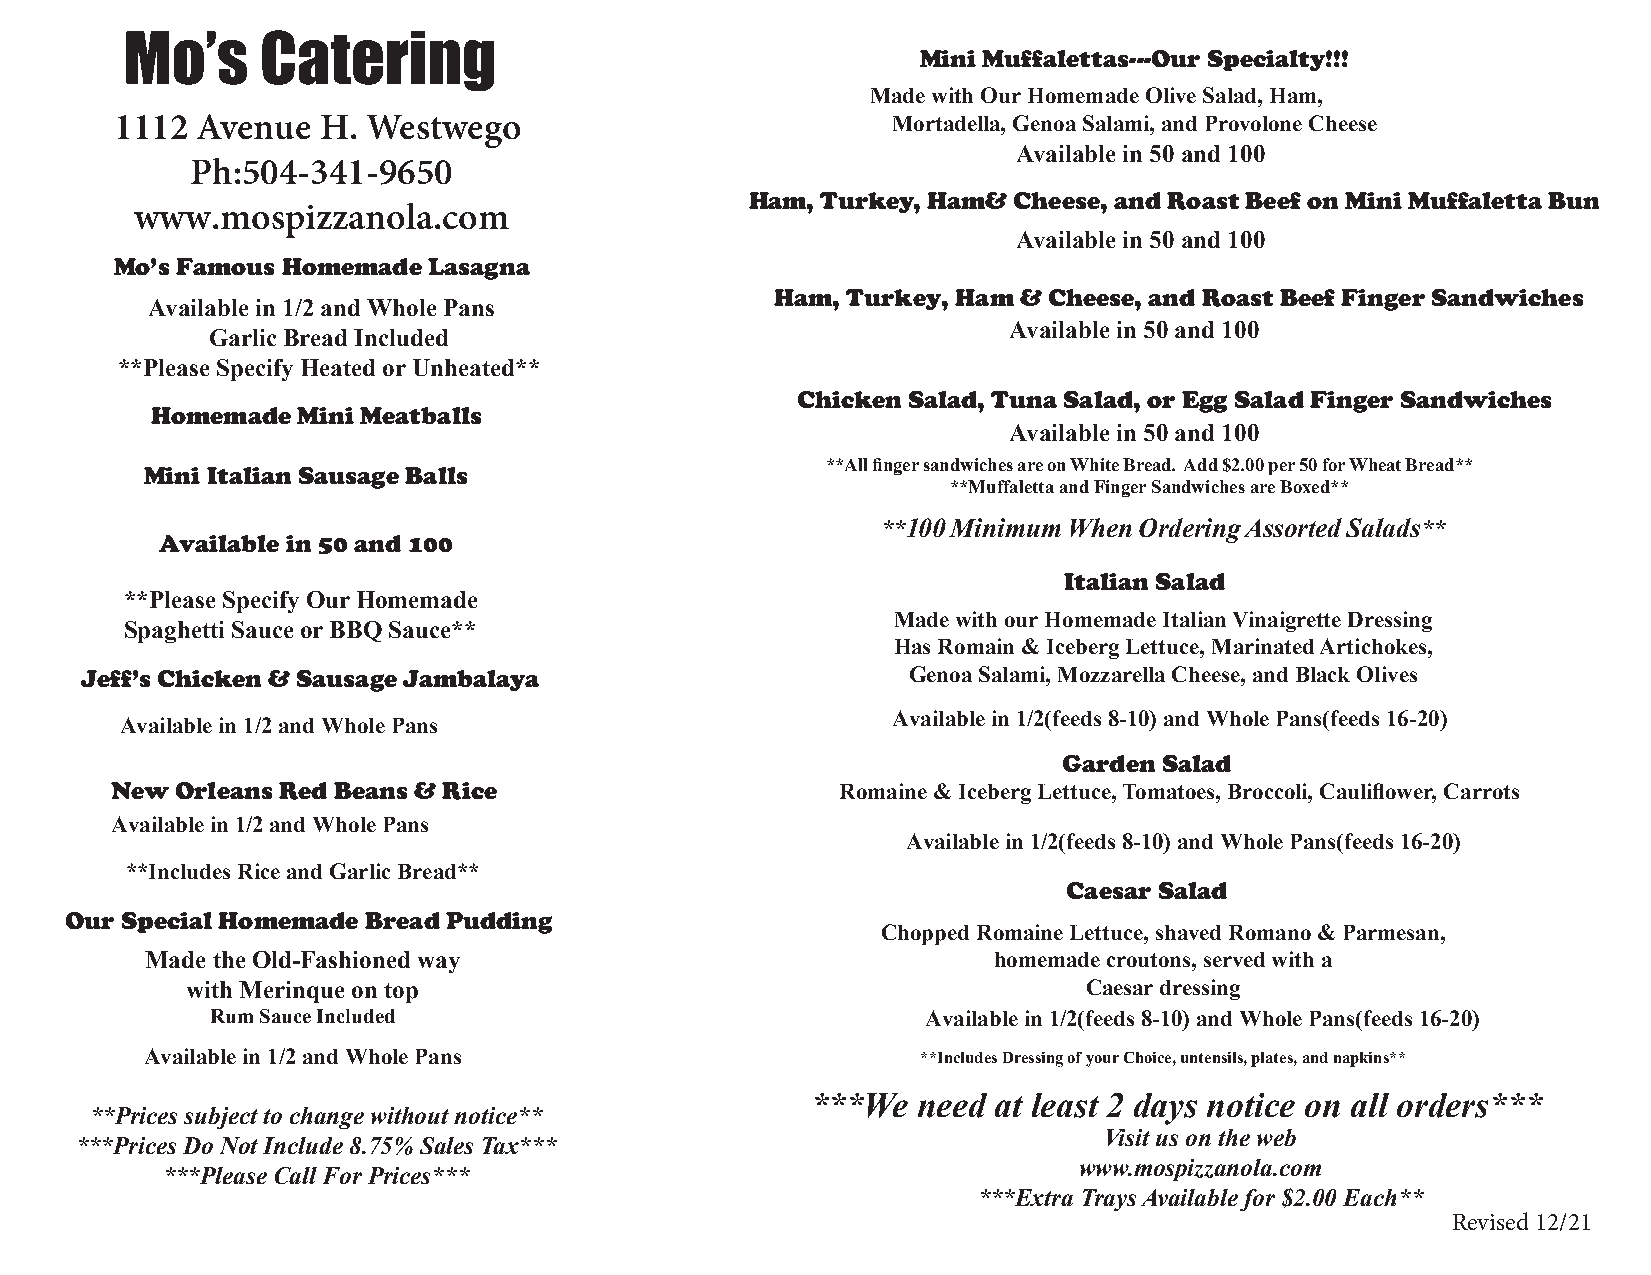
Mo’s     Catering
 Mini Muffalettas---Our Specialty!!!
 Made with Our Homemade Olive Salad, Ham,
 1112 Avenue  H. Westwego                           Mortadella, Genoa Salami, and Provolone Cheese
 Available in 50 and 100
 Ph:504-341-9650
 Ham, Turkey, Ham& Cheese, and Roast Beef on Mini Muffaletta Bun
 www.mospizzanola.com
 Available in 50 and 100
 Mo’s Famous Homemade Lasagna
 Ham, Turkey, Ham & Cheese, and Roast Beef Finger Sandwiches
 Available in 1/2 and Whole Pans
 Available in 50 and 100
 Garlic Bread Included
 **Please Specify Heated or Unheated**
 Chicken Salad, Tuna Salad, or Egg Salad Finger Sandwiches
 Homemade  Mini Meatballs
 Available in 50 and 100
 **All finger sandwiches are on White Bread. Add $2.00 per 50 for Wheat Bread**
 Mini Italian Sausage Balls
 **Muffaletta and Finger Sandwiches are Boxed**
 **100 Minimum When Ordering Assorted Salads**
 Available in 50 and 100
 Italian Salad
 **Please Specify Our Homemade
 Made with our Homemade Italian Vinaigrette Dressing
 Spaghetti Sauce or BBQ Sauce**
 Has Romain & Iceberg Lettuce, Marinated Artichokes,
 Jeff’s Chicken & Sausage Jambalaya                     Genoa Salami, Mozzarella Cheese, and Black Olives
 Available in 1/2 and Whole Pans
 Available in 1/2(feeds 8-10) and Whole Pans(feeds 16-20)
 Garden Salad
 New  Orleans Red Beans & Rice                    Romaine & Iceberg Lettuce, Tomatoes, Broccoli, Cauliflower, Carrots
 Available in 1/2 and Whole Pans
 Available in 1/2 (feeds 8-10) and Whole Pans(feeds 16-20)
 **Includes Rice and Garlic Bread**
 Caesar Salad
 Our Special Homemade Bread Pudding
 Chopped Romaine Lettuce, shaved Romano & Parmesan,
 Made the Old-Fashioned way                              homemade croutons, served with a
 with Merinque on top                                        Caesar dressing
 Rum Sauce Included                             Availa ble in 1/2(feeds 8-10) and Whole Pans(feeds 16-20)
 A vailable in 1/2 and Whole Pans                    **Includes Dressing of your Choice, untensils, plates, and napkins**
 ***We  need at least 2 days notice on all orders***
 **Prices subject to change without notice**
 Visit us on the web
 ***Prices Do Not Include 8.75% Sales Tax***
 www.mospizzanola.com
 ***Please Call For Prices***
 ***Extra Trays Available for $2.00 Each**
 Revised 12/21